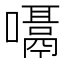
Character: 𪢙